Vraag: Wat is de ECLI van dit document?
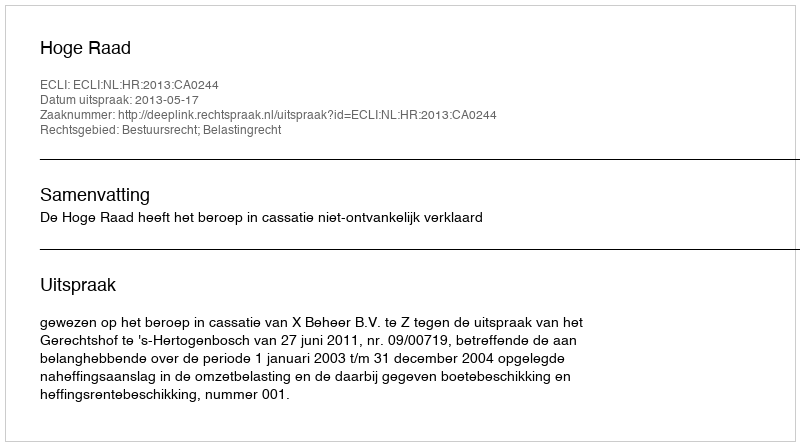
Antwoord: ECLI:NL:HR:2013:CA0244